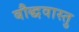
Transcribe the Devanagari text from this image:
बौद्धवास्तु